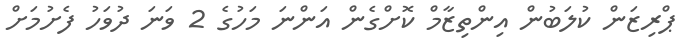
ޕްރިޒަން ކުލަބުން އިންތިޒާމް ކޮށްގެން އަންނަ މަހުގެ 2 ވަނަ ދުވަހު ފެށުމަށް